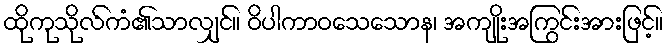
ထိုကုသိုလ်ကံ၏သာလျှင်။ ဝိပါကာဝသေသောန၊ အကျိုးအကြွင်းအားဖြင့်။